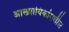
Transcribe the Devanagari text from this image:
आख्यायिकांमधील